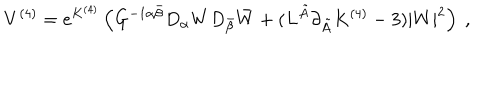
LaTeX: V ^ { ( 4 ) } = e ^ { K ^ { ( 4 ) } } \left( G ^ { - 1 \alpha \bar { \beta } } D _ { \alpha } W D _ { \bar { \beta } } \bar { W } + ( L ^ { \tilde { A } } \partial _ { \tilde { A } } K ^ { ( 4 ) } - 3 ) | W | ^ { 2 } \right) \ ,